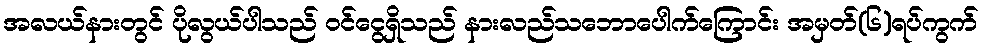
အလယ်နားတွင် ပိုလွယ်ပါသည် ဝင်ငွေရှိသည် နားလည်သဘောပေါက်ကြောင်း အမှတ်(၆)ရပ်ကွက်